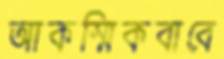
আকস্মিকবাবে